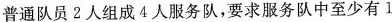
普通队员2人组成4人服务队，要求服务队中至少有1